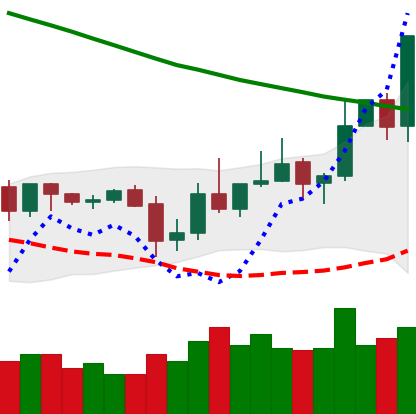
Ticker: XLM-USD
Chart end date: 2019-11-04
Forward return: -4.684%
Label: down_3_5